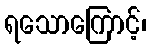
ရသောကြောင့်၊